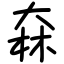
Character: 㚞